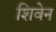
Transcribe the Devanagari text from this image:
शिवेन